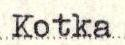
Kotka